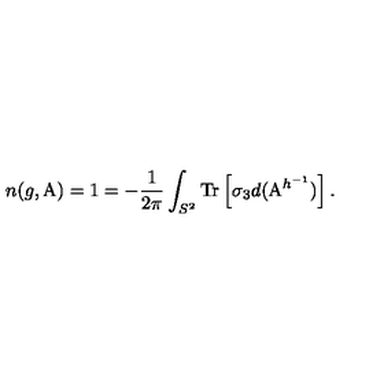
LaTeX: n ( g , \mathrm { \boldmath A } ) = 1 = - \frac { 1 } { 2 \pi } \int _ { S ^ { 2 } } \mathrm { T r } \left[ \sigma _ { 3 } d ( \mathrm { \boldmath A } ^ { h ^ { - 1 } } ) \right] .